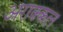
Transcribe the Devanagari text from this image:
अराक्कल